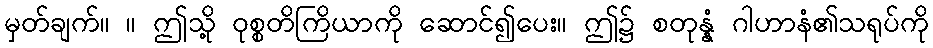
မှတ်ချက်။ ။ ဤသို့ ဝုစ္စတိကြိယာကို ဆောင်၍ပေး။ ဤ၌ စတုန္နံ ဂါဟာနံ၏သရုပ်ကို